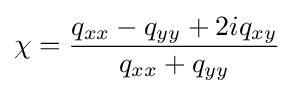
\chi ={\frac {q_{xx}-q_{yy}+2iq_{xy}}{q_{xx}+q_{yy}}}